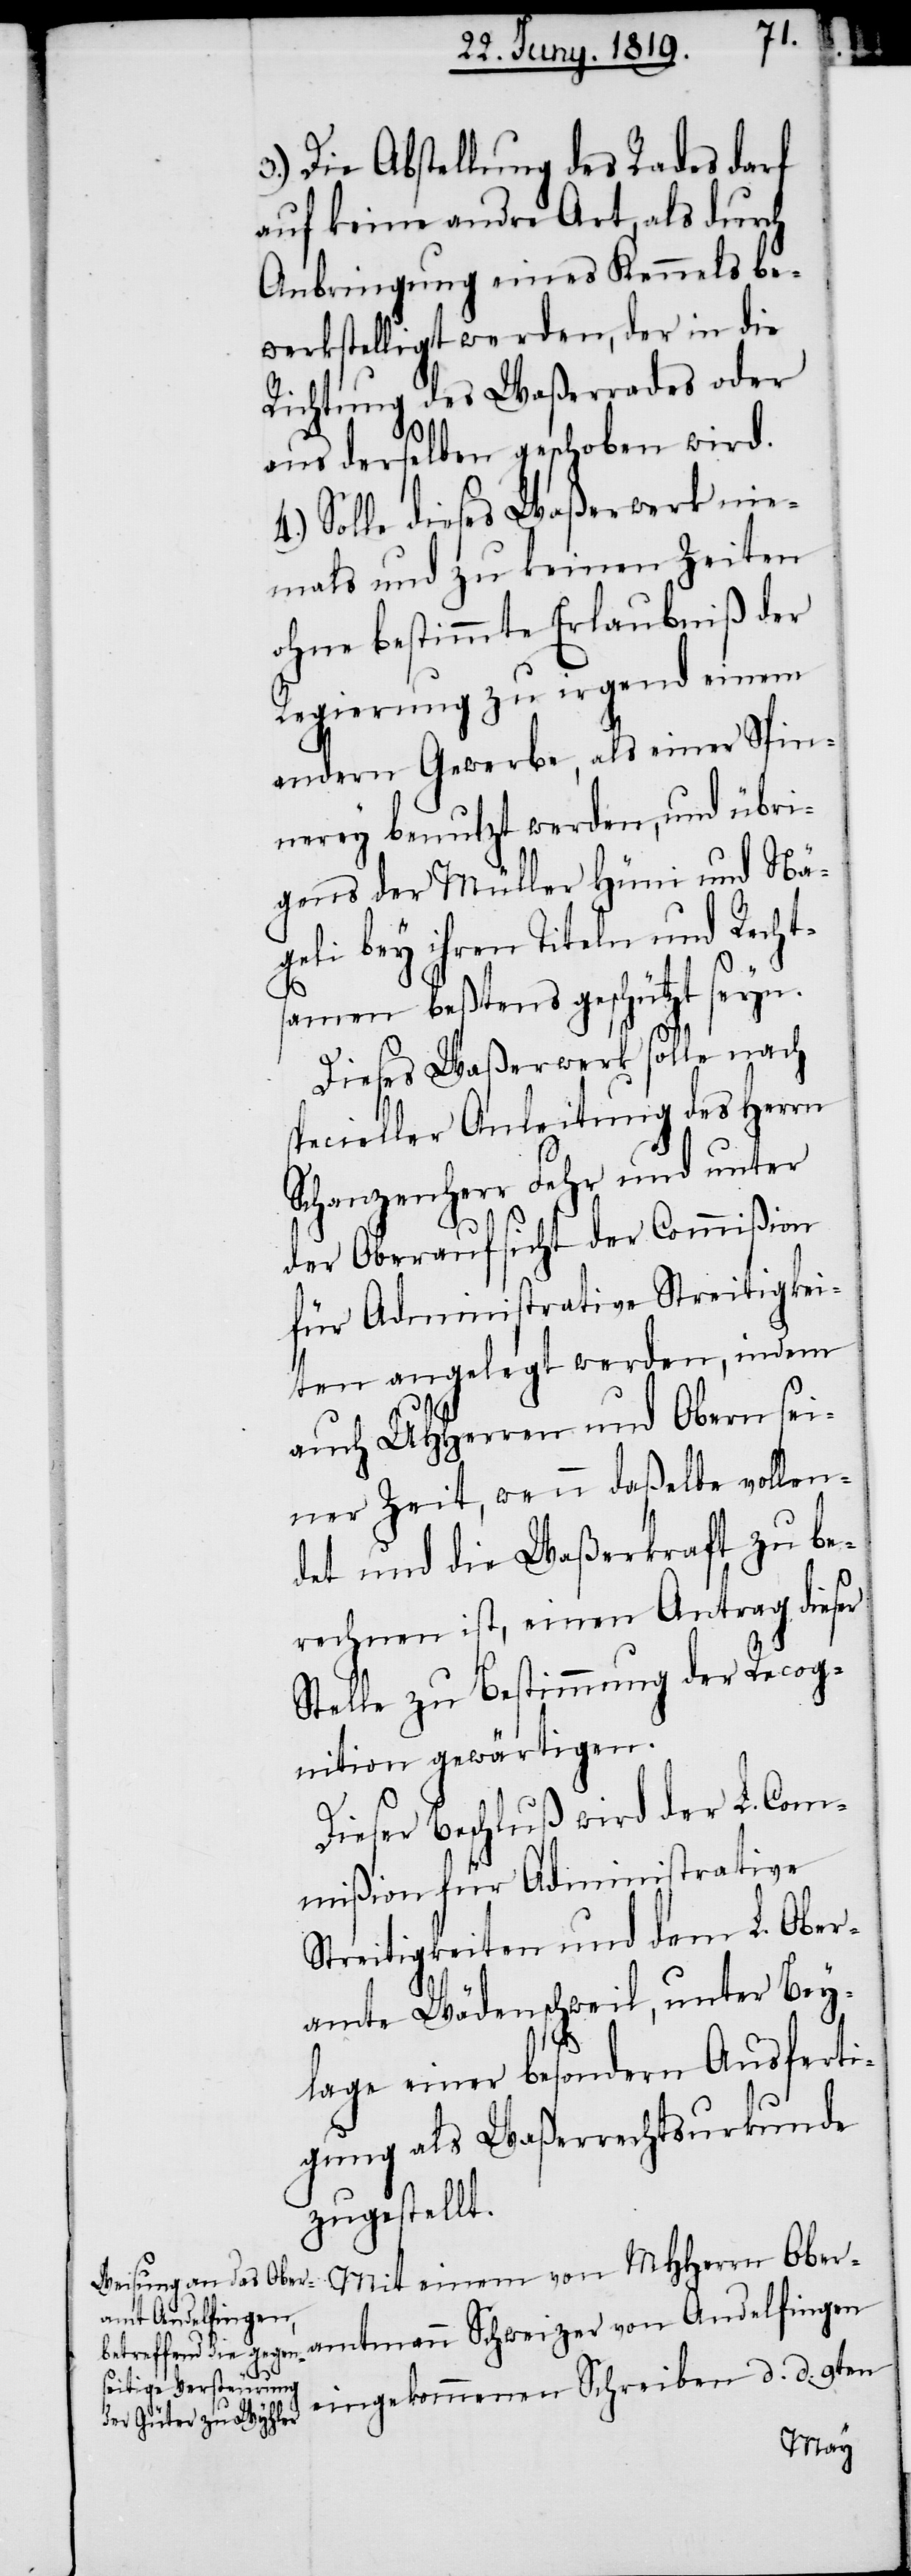
3.) Die Abstellung des Rades darf
auf keine andre Art, als durch
Anbringung eines Kennels be¬
werkstelligt werden, der in die
Richtung des Waßerrades oder
aus derselben geschoben wird.
4.) Solle dieses Waßerwerk nie¬
mals und zu keinen Zeiten
ohne bestimmte Erlaubniß der
Regierung zu irgend einem
andern Gewerbe, als einer Spin¬
nerey benutzt werden, und übri¬
gens der Müller Hüni und Nä¬
geli bey ihren Titeln und Rechts¬
amen beßtens geschützt seyn.
Dieses Waßerwerk solle nach
specieller Anleitung des Herrn
Schanzenherr Fehr und unter
der Oberaufsicht der Commißion
für Administrative Streitigkei¬
ten angelegt werden, indem
auch UHHerren und Obern sei¬
ner Zeit, wenn daßelbe vollen¬
det und die Waßerkraft zu be¬
rechnen ist, einen Antrag dieser
Stelle zu Bestimmung der Recog¬
nition gewärtigen.
Dieser Beschluß wird der L. Com¬
mißion für Administrative
Streitigkeiten und dem L. Ober¬
amte Wädenschweil, unter Bey¬
lage einer besondern Ausferti¬
gung als Waßerrechtsurkunde
zugestellt.
Mit einem von MHHerrn Ober¬
amtmann Schweizer von Andelfingen
eingekommenen Schreiben d. d. 9ten